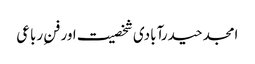
امجد حیدرآبادی شخصیت اور فنِ رباعی